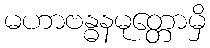
မဟာဗန္ဓနမုတ္တောမှိ